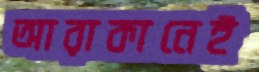
আরাকানেই